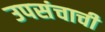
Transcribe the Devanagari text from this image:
उपसंचाची